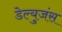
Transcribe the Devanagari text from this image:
डेल्युजंस